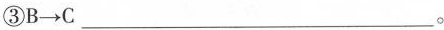
③B \rightarrow C ___ 。